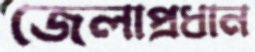
জেলাপ্রধান